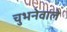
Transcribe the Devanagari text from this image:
चुभनेवाले